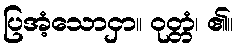
ပြအံ့သောငှာ။ ဝုတ္တံ၊ ၏။